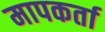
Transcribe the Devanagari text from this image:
मापकर्ता